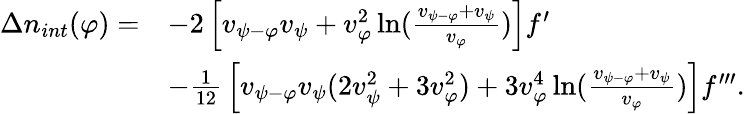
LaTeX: \begin{array}{rl}{\Delta n_{int}(\varphi)=}&{-2\left[v_{{\psi}-\varphi}v_{{\psi}}+v_{\varphi}^{2}\ln({\frac{v_{{\psi}-\varphi}+v_{{\psi}}}{v_{\varphi}}})\right]f^{\prime}}\\ &{-{\frac{1}{12}}\left[v_{{\psi}-\varphi}v_{{\psi}}(2v_{{\psi}}^{2}+3v_{\varphi}^{2})+3v_{\varphi}^{4}\ln({\frac{v_{{\psi}-\varphi}+v_{{\psi}}}{v_{\varphi}}})\right]f^{\prime\prime\prime}.}\end{array}